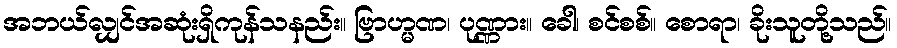
အဘယ်လျှင်အဆုံးရှိကုန်သနည်း။ ဗြာဟ္မဏ၊ ပုဏ္ဏား။ ခေါ၊ စင်စစ်။ စောရာ၊ ခိုးသူတို့သည်။